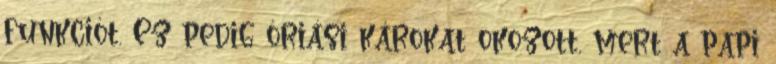
funkciót. Ez pedig óriási károkat okozott, mert a papi